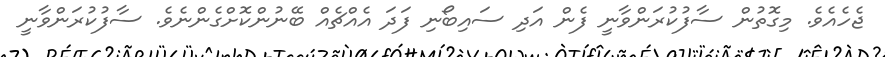
ޖެހެއެވެ. މިގޮތުން ސާފުކުރަންވާނީ ފެން އަދި ސައިބޯނި ފަދަ އެއްޗެއް ބޭނުންކޮށްގެންނެވެ. ސާފުކުރަންވާނީ